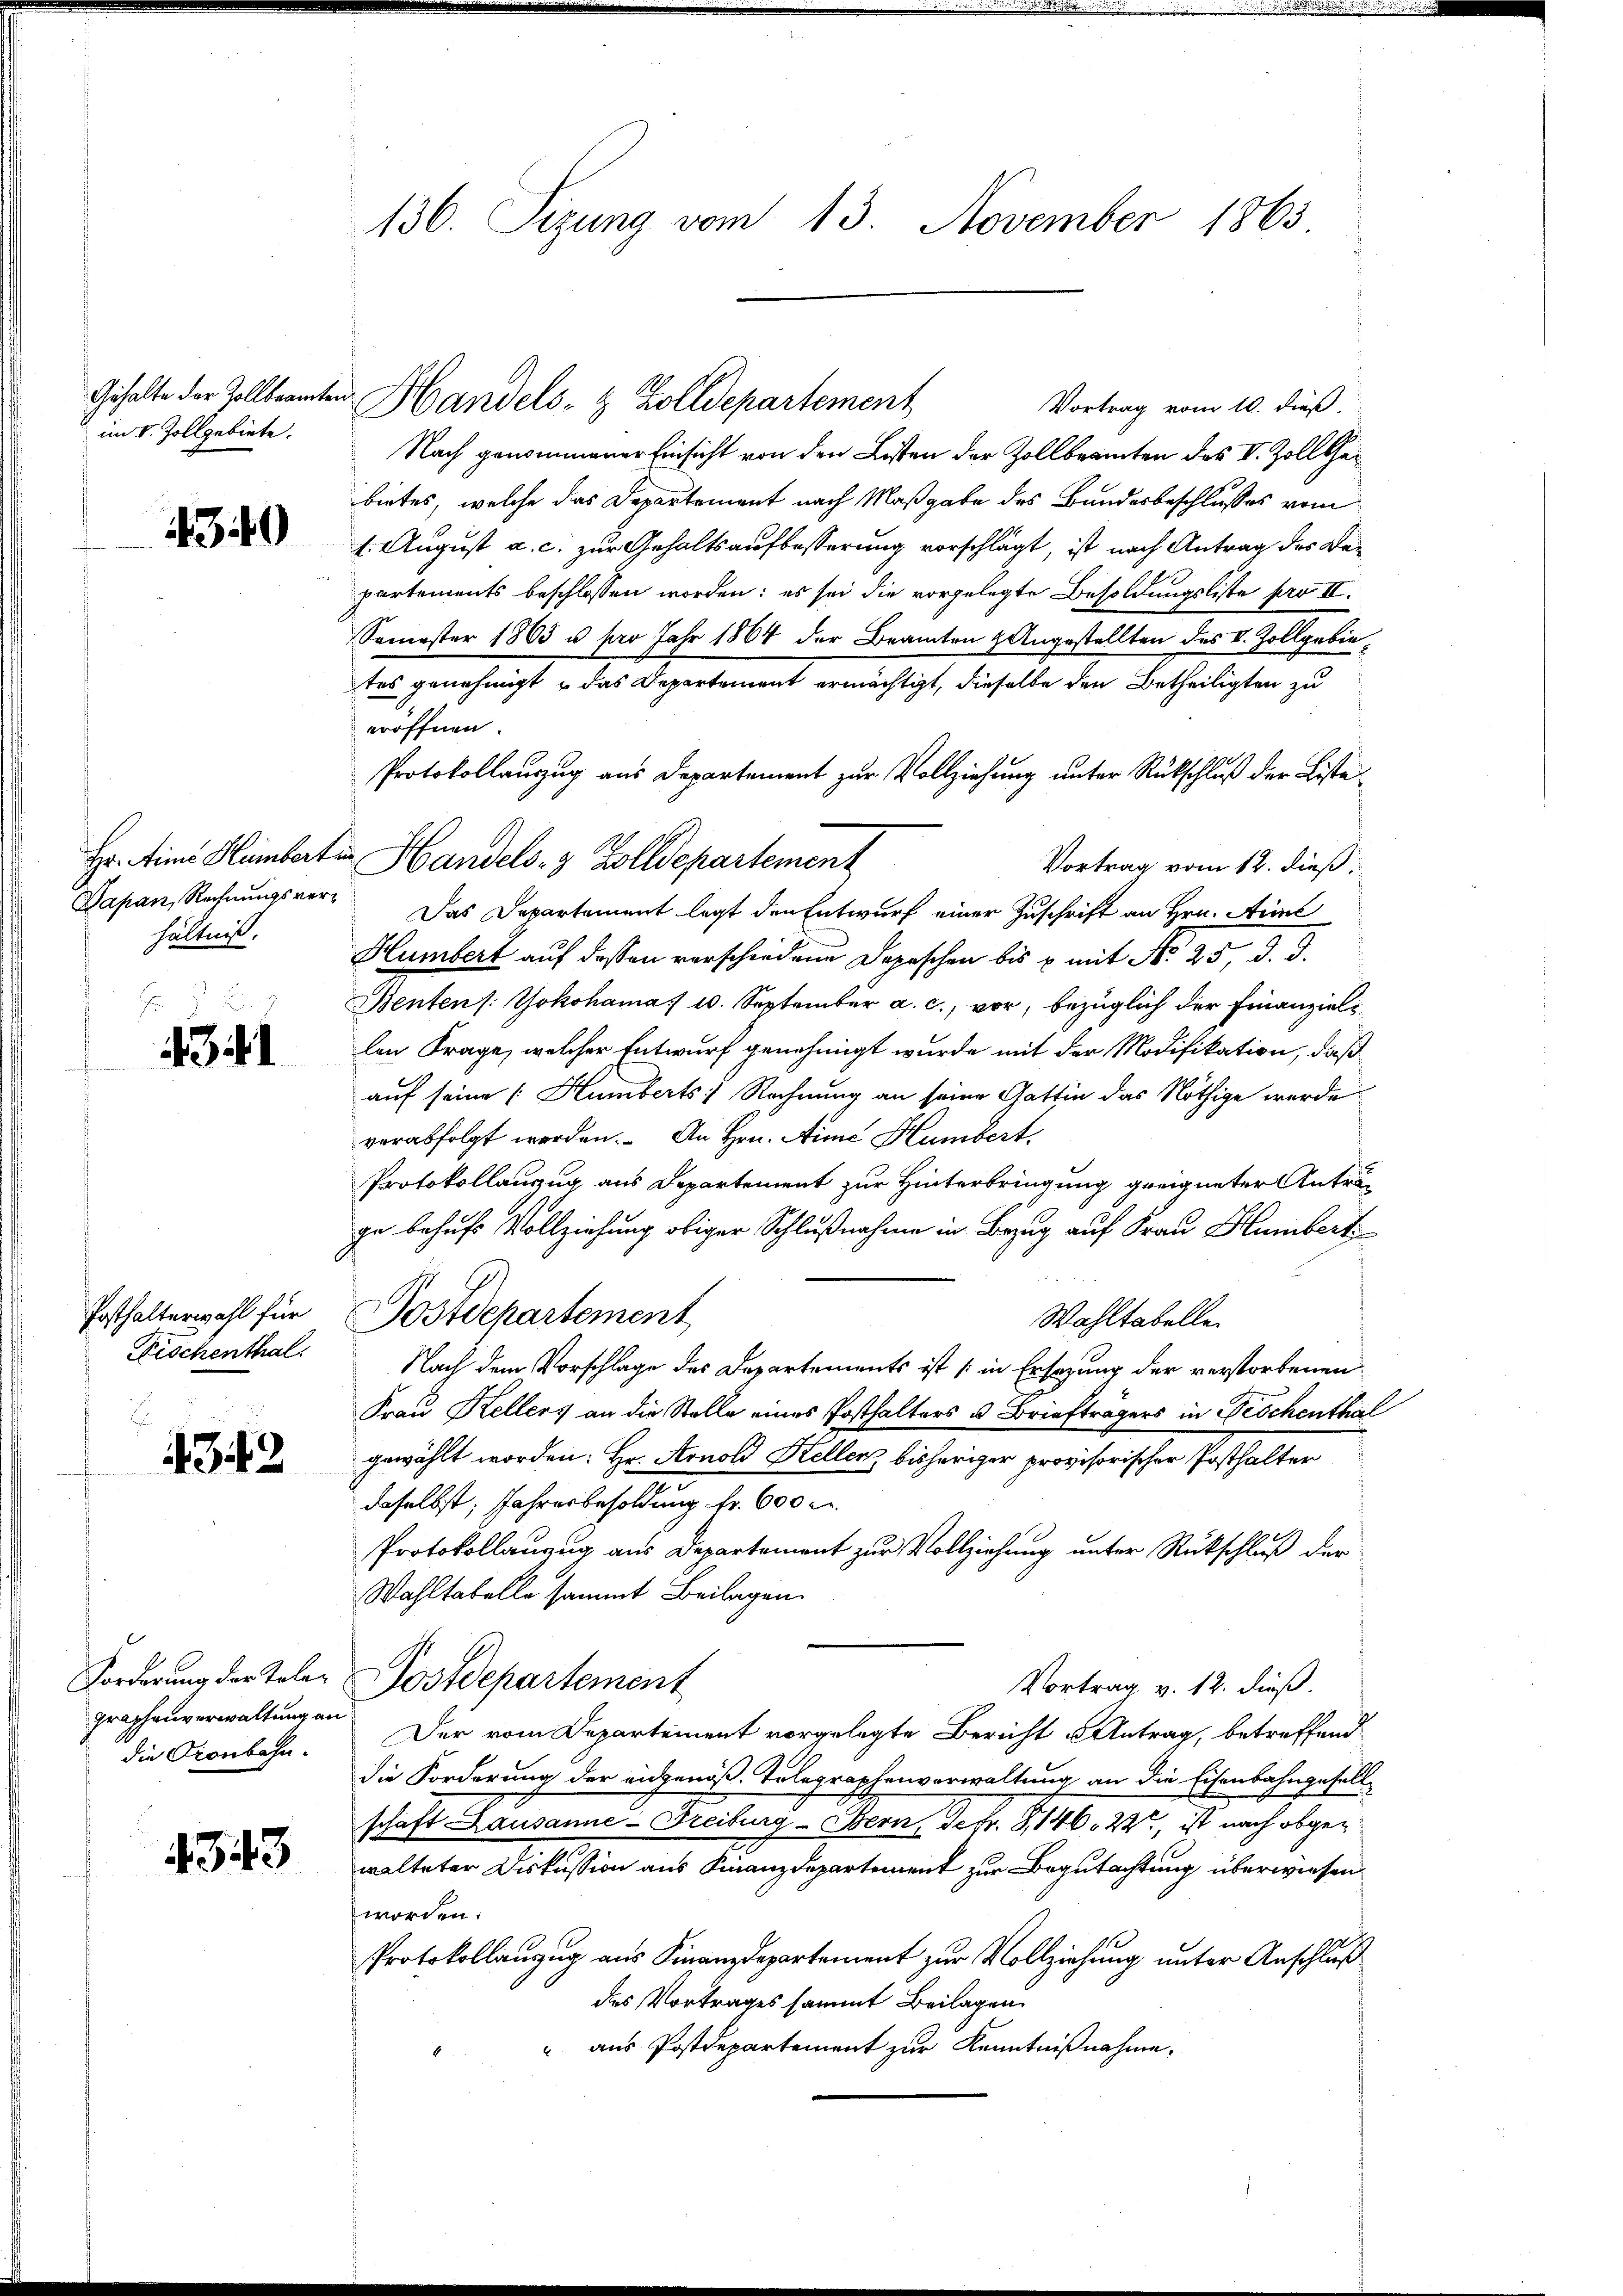
Gehalte der Zollbeamten
im I. Zollgebiete.

4340

Hr. Ain Humbert
Japan, Rechnungsverhältniß.

f
4341

Posthalterwahl für
Fischenthal

4342

Forderung der Tolegraphenverwaltung an
die Kronbahn.

4343

136. Sizung vom 13. November 1863

Vortrag vom 10. dieß.
Nach genommener Einsicht von den Listen der Zollbeamten des II. Zoll Gebietes, welche das Departement nach Maßgabe des Bundesbeschlusses vom
h. August a. c. zur Gehaltsaufbesserung vorschlägt, ist nach Antrag des Bepartements beschlossen worden; es sei die vorgelegte Besoldungsliste pro II.
Semester 1803 u. pro Jahr 1864 der Beamten & Angestellten des II. Zollgebietes genehmigt u das Departement ermächtigt, dieselbe den Betheiligten zu
eröffnen
Protokollauszug aus Departement zur Vollziehung unter Rückschluß der Liste¬
Handels- & Zolldepartement
Vortrag vom 12. dieß
Das Departement legt den Entwurf einer Zuschrift an Hrn. Arne
Hümbert auf deßen verschiedene Depeschen bis u. mit No 25. d. d.
Benten /: Yokohama) 10. September a. c., vor, bezüglich der Finanziellen Frage, welcher Entwurf genehmigt wurde mit der Modifikation, daß
auf seine Humberts) Rechnung an seine Gattin das Nöthige werde
verabfolgt werden. An Hrn. Aue Humbert.
Protokollanzug aus Departement zur Hinterbringung geeigneter Anträge behufs Vollziehung obiger Schlußnahme in Bezug auf Frau Humbert
Postdepartement
Wahltabelle
Nach dem Vorschlage des Departements ist (in Ersezung der verstorbenen
Frau Kellers an die Stelle eines Posthalters u. Briefträgers in Beschenthal
gewählt worden: Hr. Arnold Stellenz bisheriger provisorischer Posthalter
daselbst, Jahresbesoldung fr. 600 c.
Protokollanzug aus Departement zur Vollziehung unter Rückschluß der
Wahltabelle sammt Beilagen.
Postdepartement
Vortrag v. 12. dieß.
Der vom Departement vorgelegte Bericht u Antrag, betreffend
die Forderung der eidgenöß. Telegraphenverwaltung an die Eisenbahngesellschaft Lausanne-Freiburg - Bern, Sefr. G,146. 22te, ist nach obgewalteter Diskussion aus Finanzdepartement zur Begutachtung überwiesen
worden.
Protokollauszug aus Finanzdepartement zur Vollziehung unter Anschluß
des Vortrages sammt Beilagen
" aus Postdepartement zur Kenntnißnahme,

Handels- & Zolldepartement